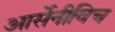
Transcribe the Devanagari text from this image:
आर्सेनीविच